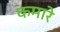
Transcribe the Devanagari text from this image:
कमारे